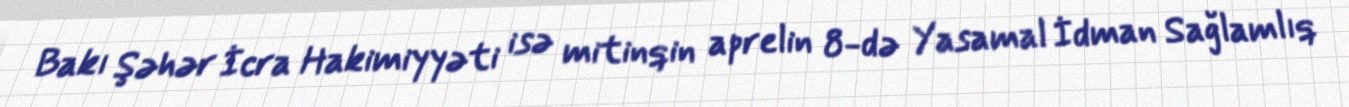
Bakı Şəhər İcra Hakimiyyəti isə mitinqin aprelin 8-də Yasamal İdman Sağlamlıq